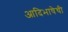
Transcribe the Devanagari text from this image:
आदिभाषेची